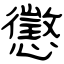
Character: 懲